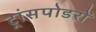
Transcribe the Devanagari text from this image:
ट्रांसपोडरों